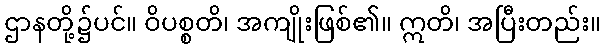
ဌာနတို့၌ပင်။ ဝိပစ္စတိ၊ အကျိုးဖြစ်၏။ ဣတိ၊ အပြီးတည်း။